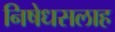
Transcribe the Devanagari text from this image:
निषेधसलाह